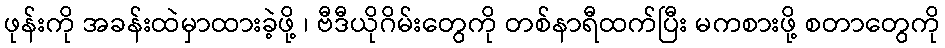
ဖုန်းကို အခန်းထဲမှာထားခဲ့ဖို့ ၊ ဗီဒီယိုဂိမ်းတွေကို တစ်နာရီထက်ပြီး မကစားဖို့ စတာတွေကို